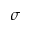
\sigma